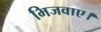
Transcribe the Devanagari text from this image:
भिजवाए।